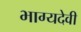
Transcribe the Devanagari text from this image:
भाग्यदेवी